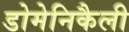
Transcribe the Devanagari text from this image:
डोमेनिकैली